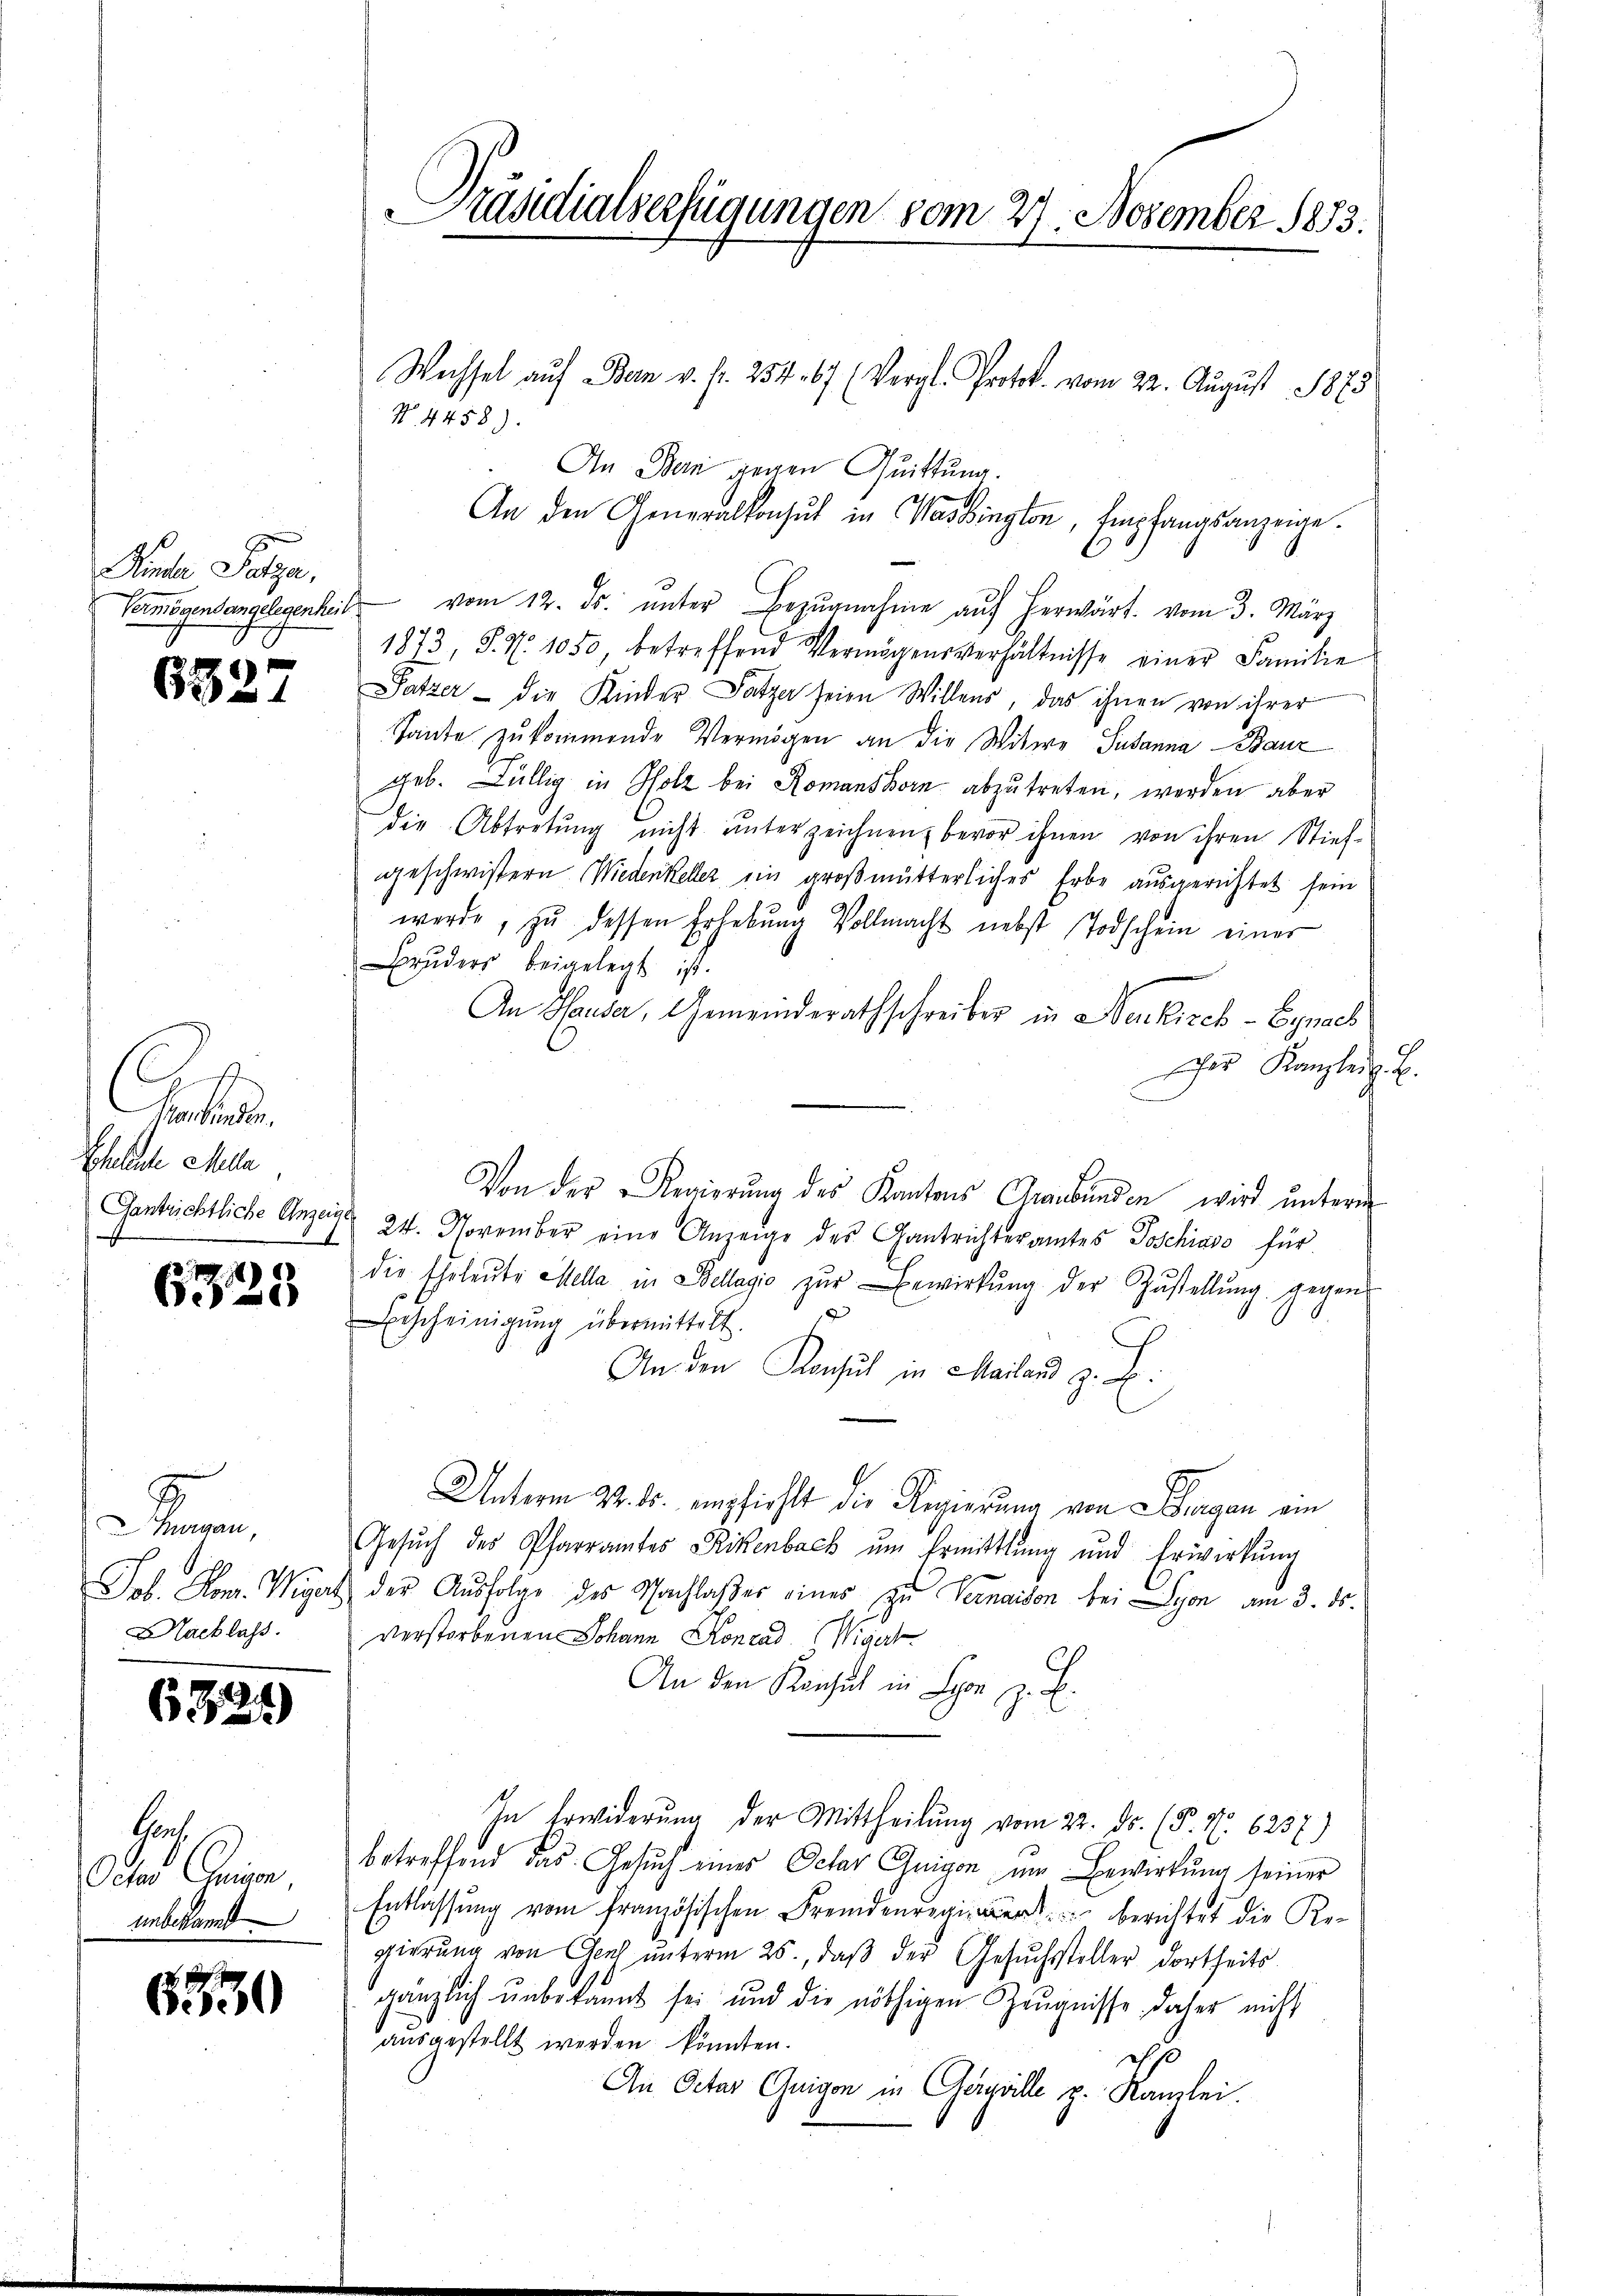
Fende Patze,

6327

Rachenden.
Echallele Mille
1

6329

Dann
Hacklass.

6324)

thent
Deser Eisen
unbekannt

630

Präsidialserfügungen vom 27. November 1873.

Wechsel auf Bern v. fr. 254. 67 (Vergl. Protok. vom 22. August 1875
No. 4458).
An Bern gegen Quittung.
An den Generalkonsul in Washington, Empfangsanzeige.
Vermögensangelegenheit vom 12. ds. ŭnter Bezŭgnahme aŭf herwärt. vom 3. März
1873, S. No 1050, betreffend Vermögensverhältnisse einer Familie
Patzer - die Kinder Satze seien Willens, das ihnen von ihrer
Tante zukommende Vermögen an die Witwe Susanna Bauz
geb. Fällig in Holz bei Romanshorn abzŭtreten, werden aber
die Abtretung nicht unterzeichnen, bevor ihnen von ihren Stiefgeschwistern Wiedenkeller ein großmutterliches Erbe ausgerichtet sein
werde, zŭ dessen Erhebung Vollmacht nebst Todschein einer
Brŭders beigelegt ist.
An Hauser, Gemeinderathschreiber in Neukirch-Eynael
cher Kanzleiz. B.
Von der Regierung des Kantons Graubünden wird unterm
Gestrichtliche Anzeig 24. November eine Anzeige des Gantrichteramtes Joschiavo für
die Eheleŭte Mella in Bellagio zŭr Bewirkŭng der Zŭstellŭng gegen-
Bescheinigung übermittelt.
An den Konsul in Mailand z. B.
Unterm 22. ds. empfiehlt die Regierung von Bergan ein
Gesŭch des Pfarramtes Rikenbach ŭm Ermittlung und Erwirkung
Job. Rom. Wigert, der Ausfolge des Nachlaßes eines zu Vermaison bei Syon am 3. ds.
verstorbenen Johann Konrad Wigert
An den Konsul in Lyon z. B.
In Erwiderung der Mittheilung vom 22. ds. (P. Nr. 6237)
betreffend das Gesuch eines Octar Guigon um Bewirkung seiner
Entlassung vom französischen Fremdenregier berichtet die Regierung von Gerh ŭnterm 25., daβ der Gesŭchssteller dortheits
gänzlich unbekannt sei und die nöthigen Zeugnisse daher nicht
ausgestellt werden könnten.
d
An Octar Guigon in Gergälle p. Kanzlei.